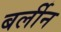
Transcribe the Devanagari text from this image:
बर्लीन